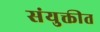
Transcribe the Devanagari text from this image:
संयुक्तीत